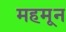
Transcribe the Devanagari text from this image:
महमून